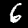
Label: 6